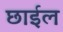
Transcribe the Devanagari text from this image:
छार्इल